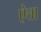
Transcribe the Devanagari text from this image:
ऐत्ता